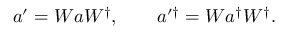
a ^ { \prime } = W a W ^ { \dagger } , \qquad a ^ { \prime \dagger } = W a ^ { \dagger } W ^ { \dagger } .